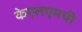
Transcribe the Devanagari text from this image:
केएलएमची